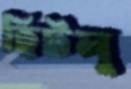
হিটলু